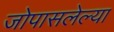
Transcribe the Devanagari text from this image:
जोपासलेल्या